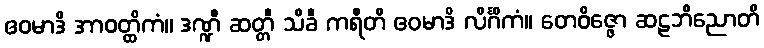
ဧဝမာဒိ အာဝတ္ထိကံ။ ဒဏ္ဍီ ဆတ္တီ သိခီ ကရီတိ ဧဝမာဒိ လိင်္ဂိကံ။ တေဝိဇ္ဇော ဆဠဘိညောတိ